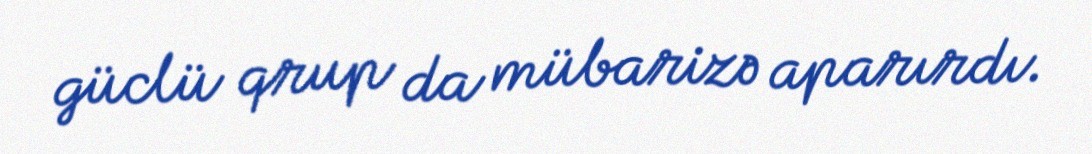
güclü qrup da mübarizə aparırdı.